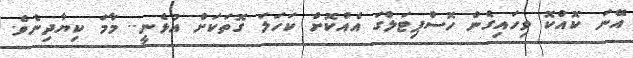
އޭނަ ކޮއްކޮ ވިހައިގެން ހޮސްޕިޓަލްގަ އެއްކޮށް ކަހަލަ ގޮތަކަށް އުޅެނީ.. މާމަ ކިޔާދިނެވެ.